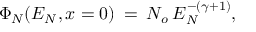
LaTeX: \Phi _ { N } ( E _ { N } , x = 0 ) \: = \: N _ { o } \: E _ { N } ^ { - ( \gamma + 1 ) } ,